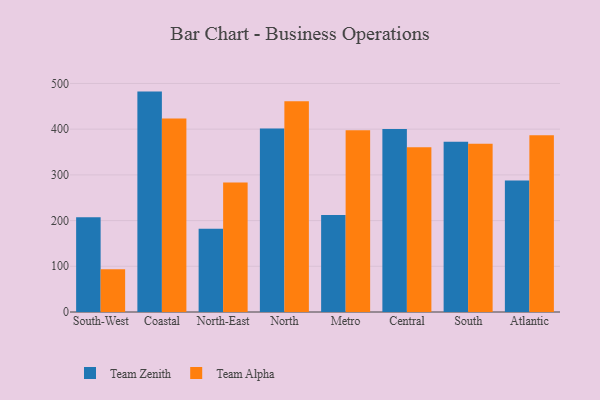
{"axis": {"x": "Region", "y": "Gross Profit (USD K)"}, "legend": ["Team Alpha", "Team Zenith"], "data": [{"x": "South-West", "y": 207.4, "type": "Team Zenith"}, {"x": "South-West", "y": 93.4, "type": "Team Alpha"}, {"x": "Coastal", "y": 482.2, "type": "Team Zenith"}, {"x": "Coastal", "y": 423.4, "type": "Team Alpha"}, {"x": "North-East", "y": 182.1, "type": "Team Zenith"}, {"x": "North-East", "y": 283.5, "type": "Team Alpha"}, {"x": "North", "y": 401.7, "type": "Team Zenith"}, {"x": "North", "y": 461.1, "type": "Team Alpha"}, {"x": "Metro", "y": 212.4, "type": "Team Zenith"}, {"x": "Metro", "y": 397.8, "type": "Team Alpha"}, {"x": "Central", "y": 400.2, "type": "Team Zenith"}, {"x": "Central", "y": 360.2, "type": "Team Alpha"}, {"x": "South", "y": 372.7, "type": "Team Zenith"}, {"x": "South", "y": 367.9, "type": "Team Alpha"}, {"x": "Atlantic", "y": 287.6, "type": "Team Zenith"}, {"x": "Atlantic", "y": 386.6, "type": "Team Alpha"}]}